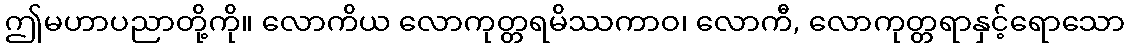
ဤမဟာပညာတို့ကို။ လောကိယ လောကုတ္တရမိဿကာဝ၊ လောကီ, လောကုတ္တရာနှင့်ရောသော